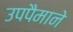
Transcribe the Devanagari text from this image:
उपपैमाने